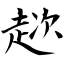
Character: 趑